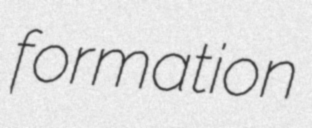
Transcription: formation